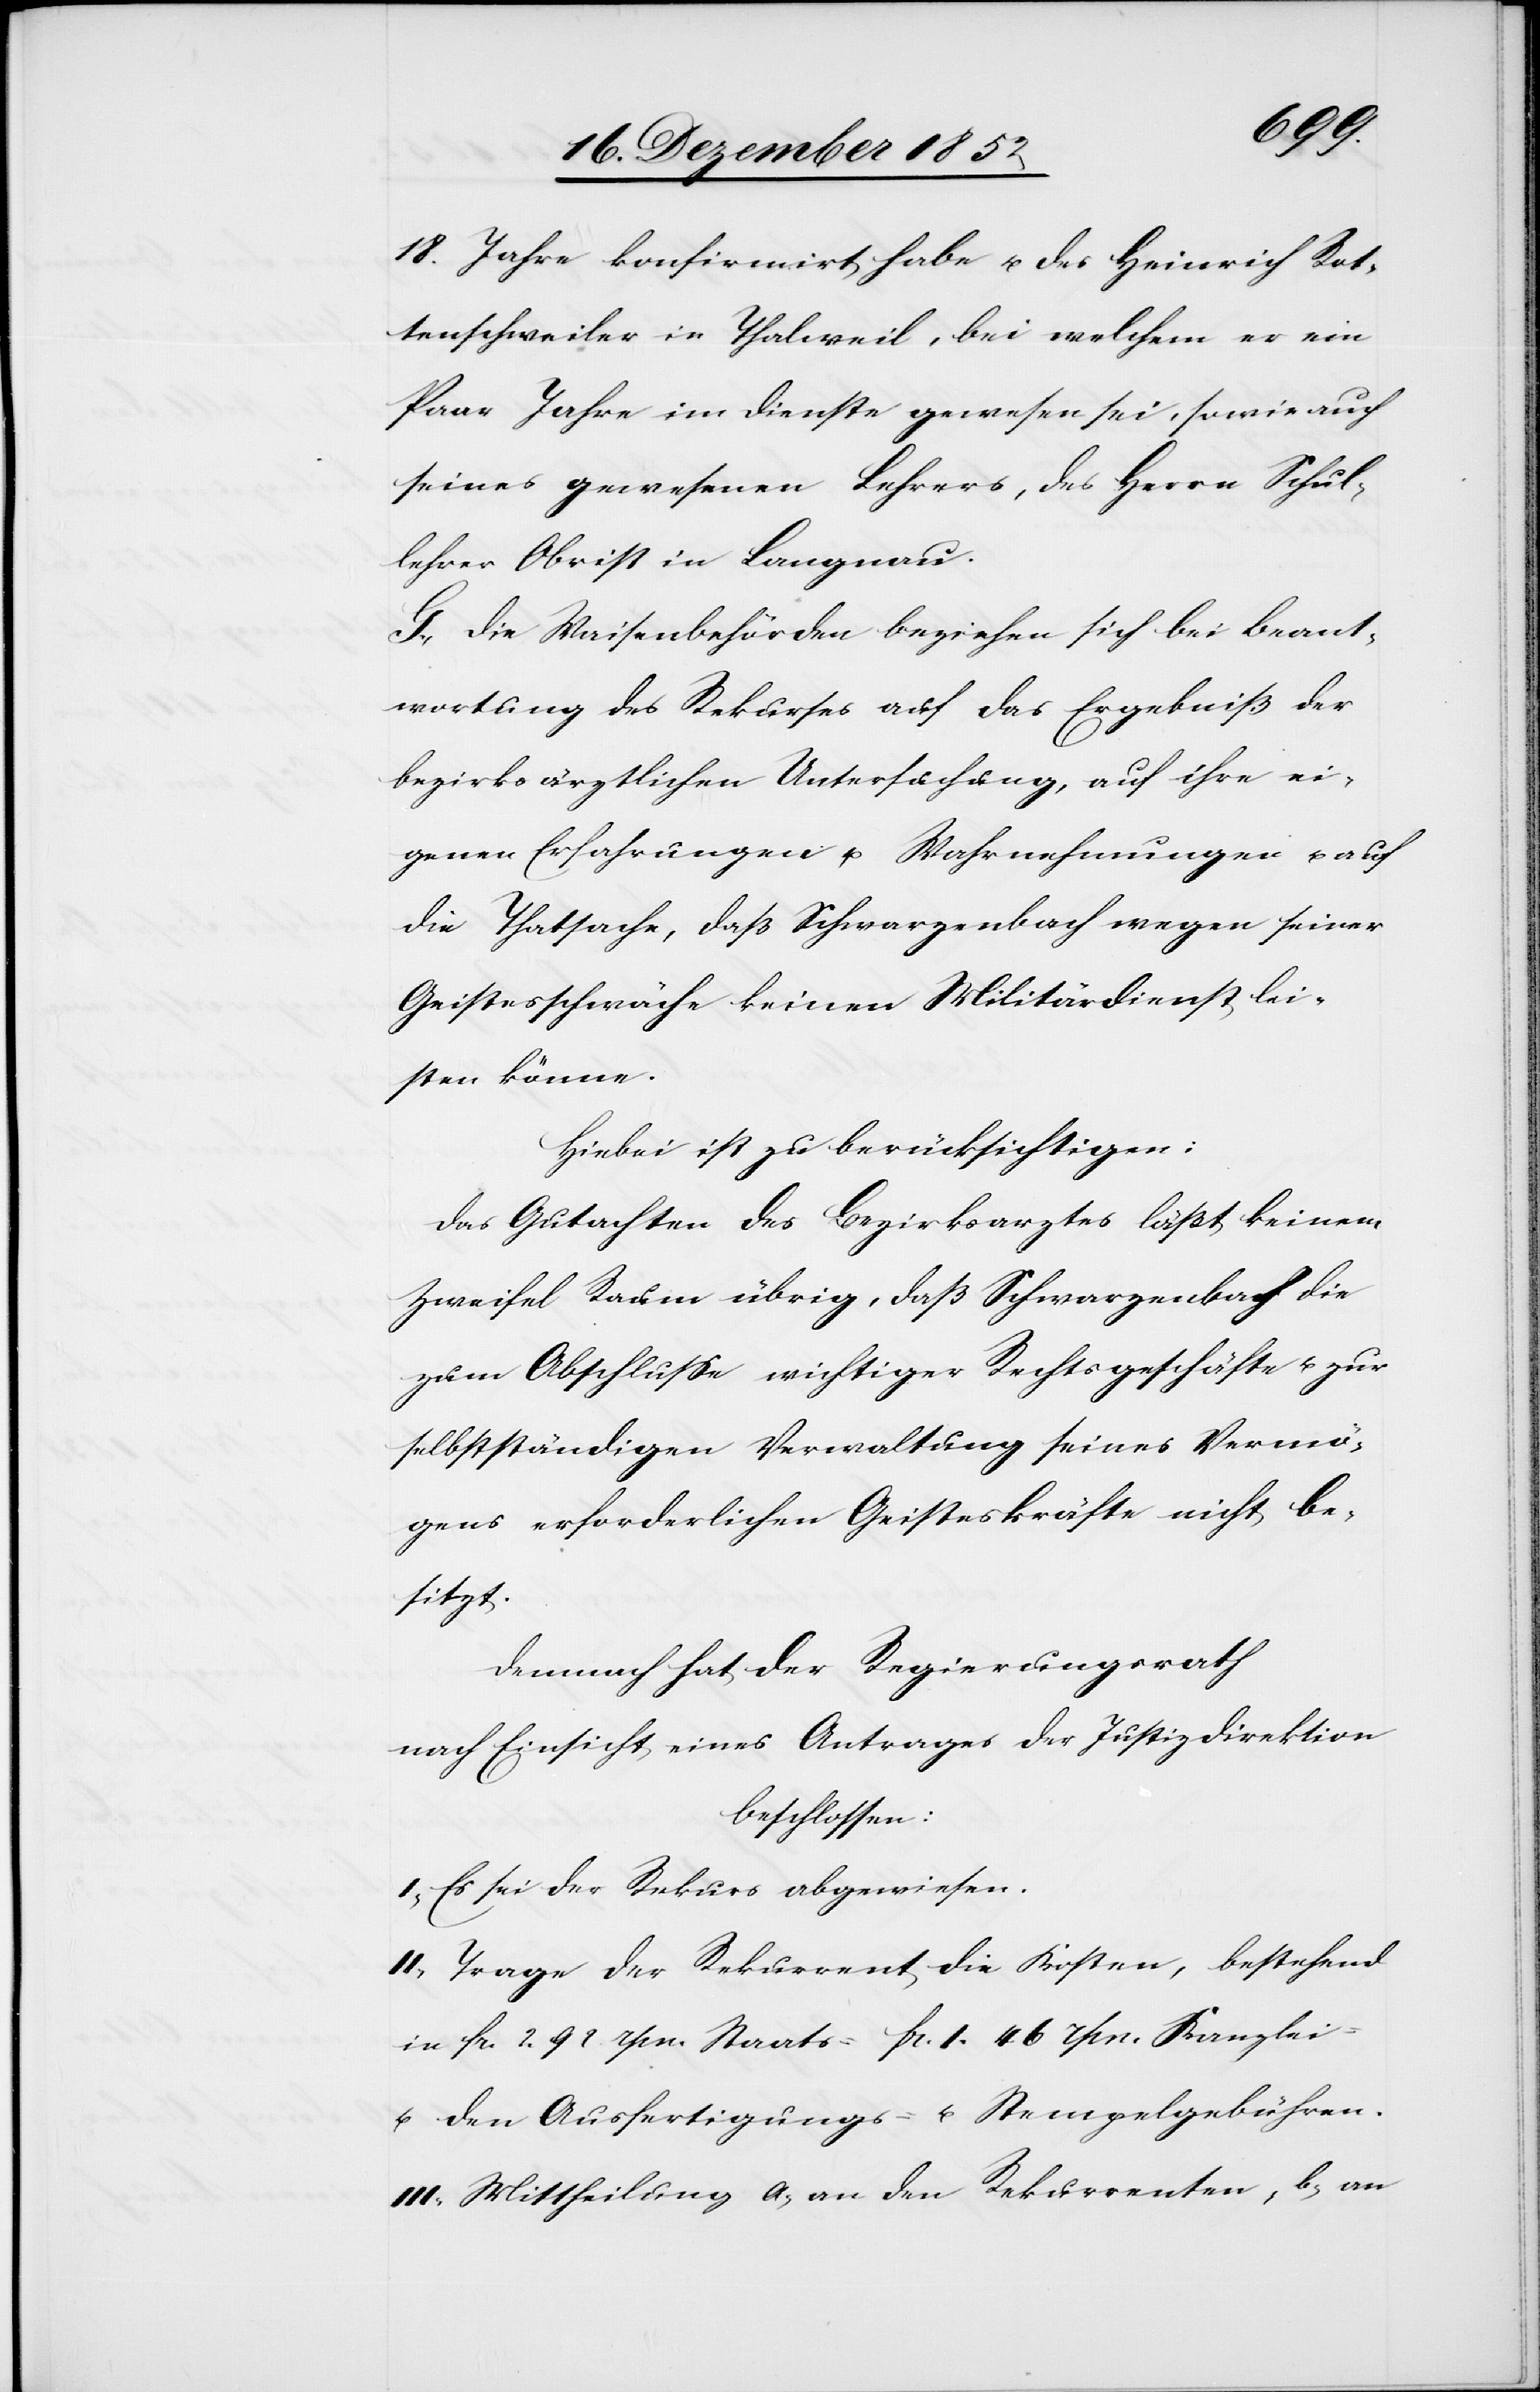
18. Jahre konfirmirt habe u. des Heinrich Rot¬
tenschweiler in Thalweil, bei welchem er ein
Paar Jahre im Dienste gewesen sei, sowie auch
seines gewesenen Lehrers, des Herrn Schul¬
lehrer Obrist in Langnau.
G., Die Waisenbehörden beziehen sich bei Beant¬
wortung des Rekurses auf das Ergebniß der
bezirksärztlichen Untersuchung, auf ihre ei¬
genen Erfahrungen u. Wahrnehmungen u. auf
die Thatsache, daß Schwarzenbach wegen seiner
Geistesschwäche keinen Militärdienst lei¬
sten könne.
Hiebei ist zu berücksichtigen:
Das Gutachten des Bezirksarztes läßt keinem
Zweifel Raum übrig, daß Schwarzenbach die
zum Abschlusse wichtiger Rechtsgeschäfte u. zur
selbstständigen Verwaltung seines Vermö¬
gens erforderlichen Geisteskräfte nicht be¬
sitzt.
Demnach hat der Regierungsrath
nach Einsicht eines Antrages der Justizdirektion
beschlossen:
I, Es sei der Rekurs abgewiesen.
II, Trage der Rekurrent die Kosten, bestehend
in fr. 2 92. rpn. Staats-[,] fr. 1. 46 rpn. Kanzlei-
u. den Ausfertigungs- u. Stempelgebühren.
III, Mittheilung a, an den Rekurrenten, b, an